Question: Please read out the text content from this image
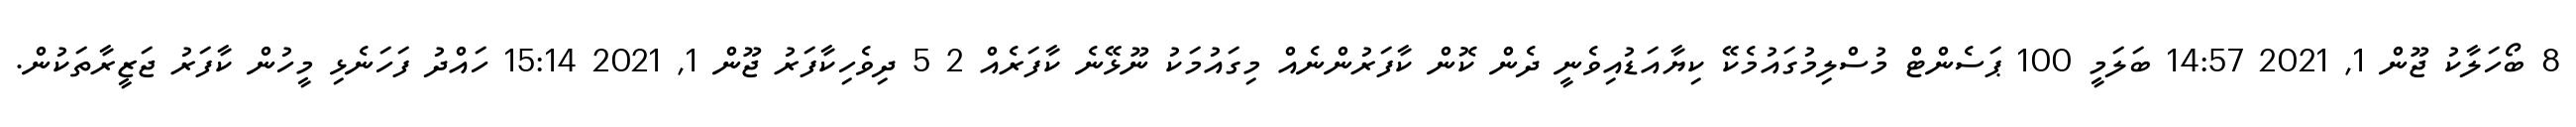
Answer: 8 ބޯހަލާކު ޖޫން 1, 2021 14:57 ބަލަމީ 100 ޕަސެންޓް މުސްލިމުގައުމެކޭ ކިޔާއަޑުއިވެނީ ދެން ކޮން ކާފަރުންނެއް މިގައުމަކު ނޫޅޭނެ ކާފަރެއް 2 5 ދިވެހިކާފަރު ޖޫން 1, 2021 15:14 ހައްދު ފަހަނެޅި މީހުން ކާފަރު ޖަޒީރާތަކުން.